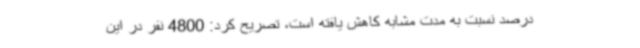
درصد نسبت به مدت مشابه کاهش یافته است، تصریح کرد: 4800 نفر در این